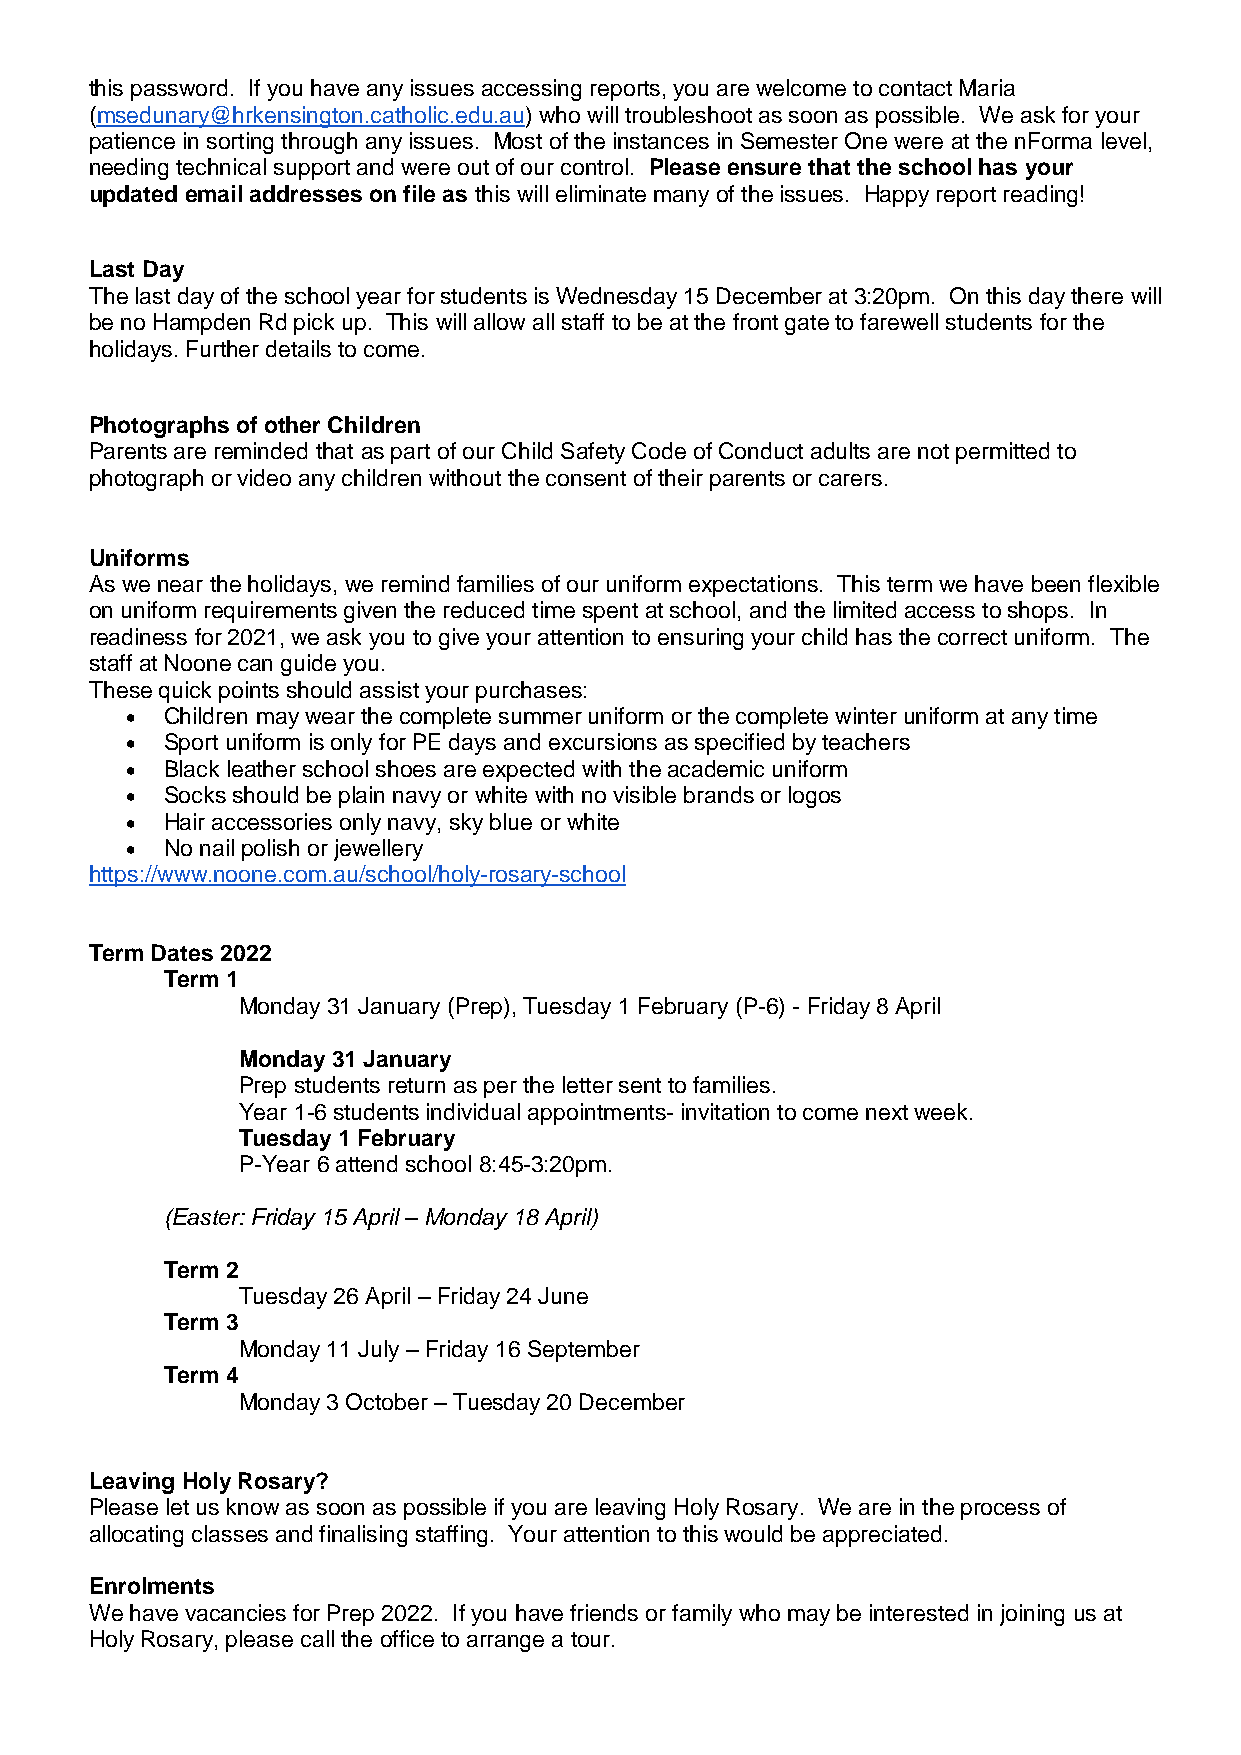
this password. If you have any issues accessing reports, you are welcome to contact Maria
 (msedunary@hrkensington.catholic.edu.au) who will troubleshoot as soon as possible. We ask for your
 patience in sorting through any issues. Most of the instances in Semester One were at the nForma level,
 needing technical support and were out of our control. Please ensure that the school has your
 updated email addresses on file as this will eliminate many of the issues. Happy report reading!
 Last Day
 The last day of the school year for students is Wednesday 15 December at 3:20pm. On this day there will
 be no Hampden Rd pick up. This will allow all staff to be at the front gate to farewell students for the
 holidays. Further details to come.
 Photographs of other Children
 Parents are reminded that as part of our Child Safety Code of Conduct adults are not permitted to
 photograph or video any children without the consent of their parents or carers.
 Uniforms
 As we near the holidays, we remind families of our uniform expectations. This term we have been flexible
 on uniform requirements given the reduced time spent at school, and the limited access to shops. In
 readiness for 2021, we ask you to give your attention to ensuring your child has the correct uniform. The
 staff at Noone can guide you.
 These quick points should assist your purchases:
   Children may wear the complete summer uniform or the complete winter uniform at any time
   Sport uniform is only for PE days and excursions as specified by teachers
   Black leather school shoes are expected with the academic uniform
   Socks should be plain navy or white with no visible brands or logos
   Hair accessories only navy, sky blue or white
   No nail polish or jewellery
 https://www.noone.com.au/school/holy-rosary-school
 Term Dates 2022
 Term 1
 Monday 31 January (Prep), Tuesday 1 February (P-6) - Friday 8 April
 Monday 31 January
 Prep students return as per the letter sent to families.
 Year 1-6 students individual appointments- invitation to come next week.
 Tuesday 1 February
 P-Year 6 attend school 8:45-3:20pm.
 (Easter: Friday 15 April – Monday 18 April)
 Term 2
 Tuesday 26 April – Friday 24 June
 Term 3
 Monday 11 July – Friday 16 September
 Term 4
 Monday 3 October – Tuesday 20 December
 Leaving Holy Rosary?
 Please let us know as soon as possible if you are leaving Holy Rosary. We are in the process of
 allocating classes and finalising staffing. Your attention to this would be appreciated.
 Enrolments
 We have vacancies for Prep 2022. If you have friends or family who may be interested in joining us at
 Holy Rosary, please call the office to arrange a tour.